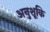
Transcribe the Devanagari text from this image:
अनुशूकि